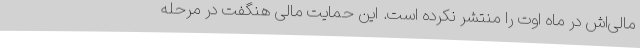
مالی‌اش در ماه اوت را منتشر نکرده است. این حمایت مالی هنگفت در مرحله